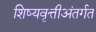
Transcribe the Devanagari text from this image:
शिष्यवृत्तीअंतर्गत